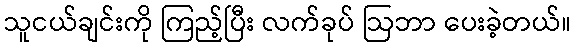
သူငယ်ချင်းကို ကြည့်ပြီး လက်ခုပ် ဩဘာ ပေးခဲ့တယ်။